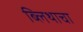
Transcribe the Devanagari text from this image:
ब्लिथाचा